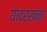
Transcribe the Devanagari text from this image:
यादरखना